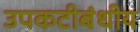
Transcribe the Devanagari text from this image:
उपकटीबंधीय